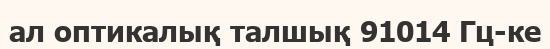
ал оптикалық талшық 91014 Гц-ке